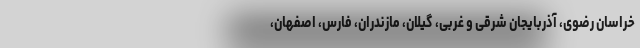
خراسان رضوی، آذربایجان شرقی و غربی، گیلان، مازندران، فارس، اصفهان،